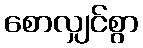
စောလျှင်စွာ